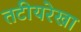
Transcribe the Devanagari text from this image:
तटीयरेखा